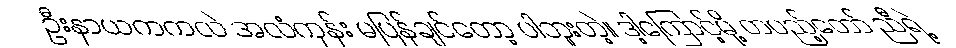
ဦးနာယကကလဲ အလံကုန်း မပြန်ချင်တော့ ပါဘူးတဲ့။ ဒါ့ကြောင့်မို့ တပည့်တော် ညီရဲ့